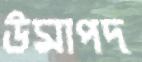
উমাপদ